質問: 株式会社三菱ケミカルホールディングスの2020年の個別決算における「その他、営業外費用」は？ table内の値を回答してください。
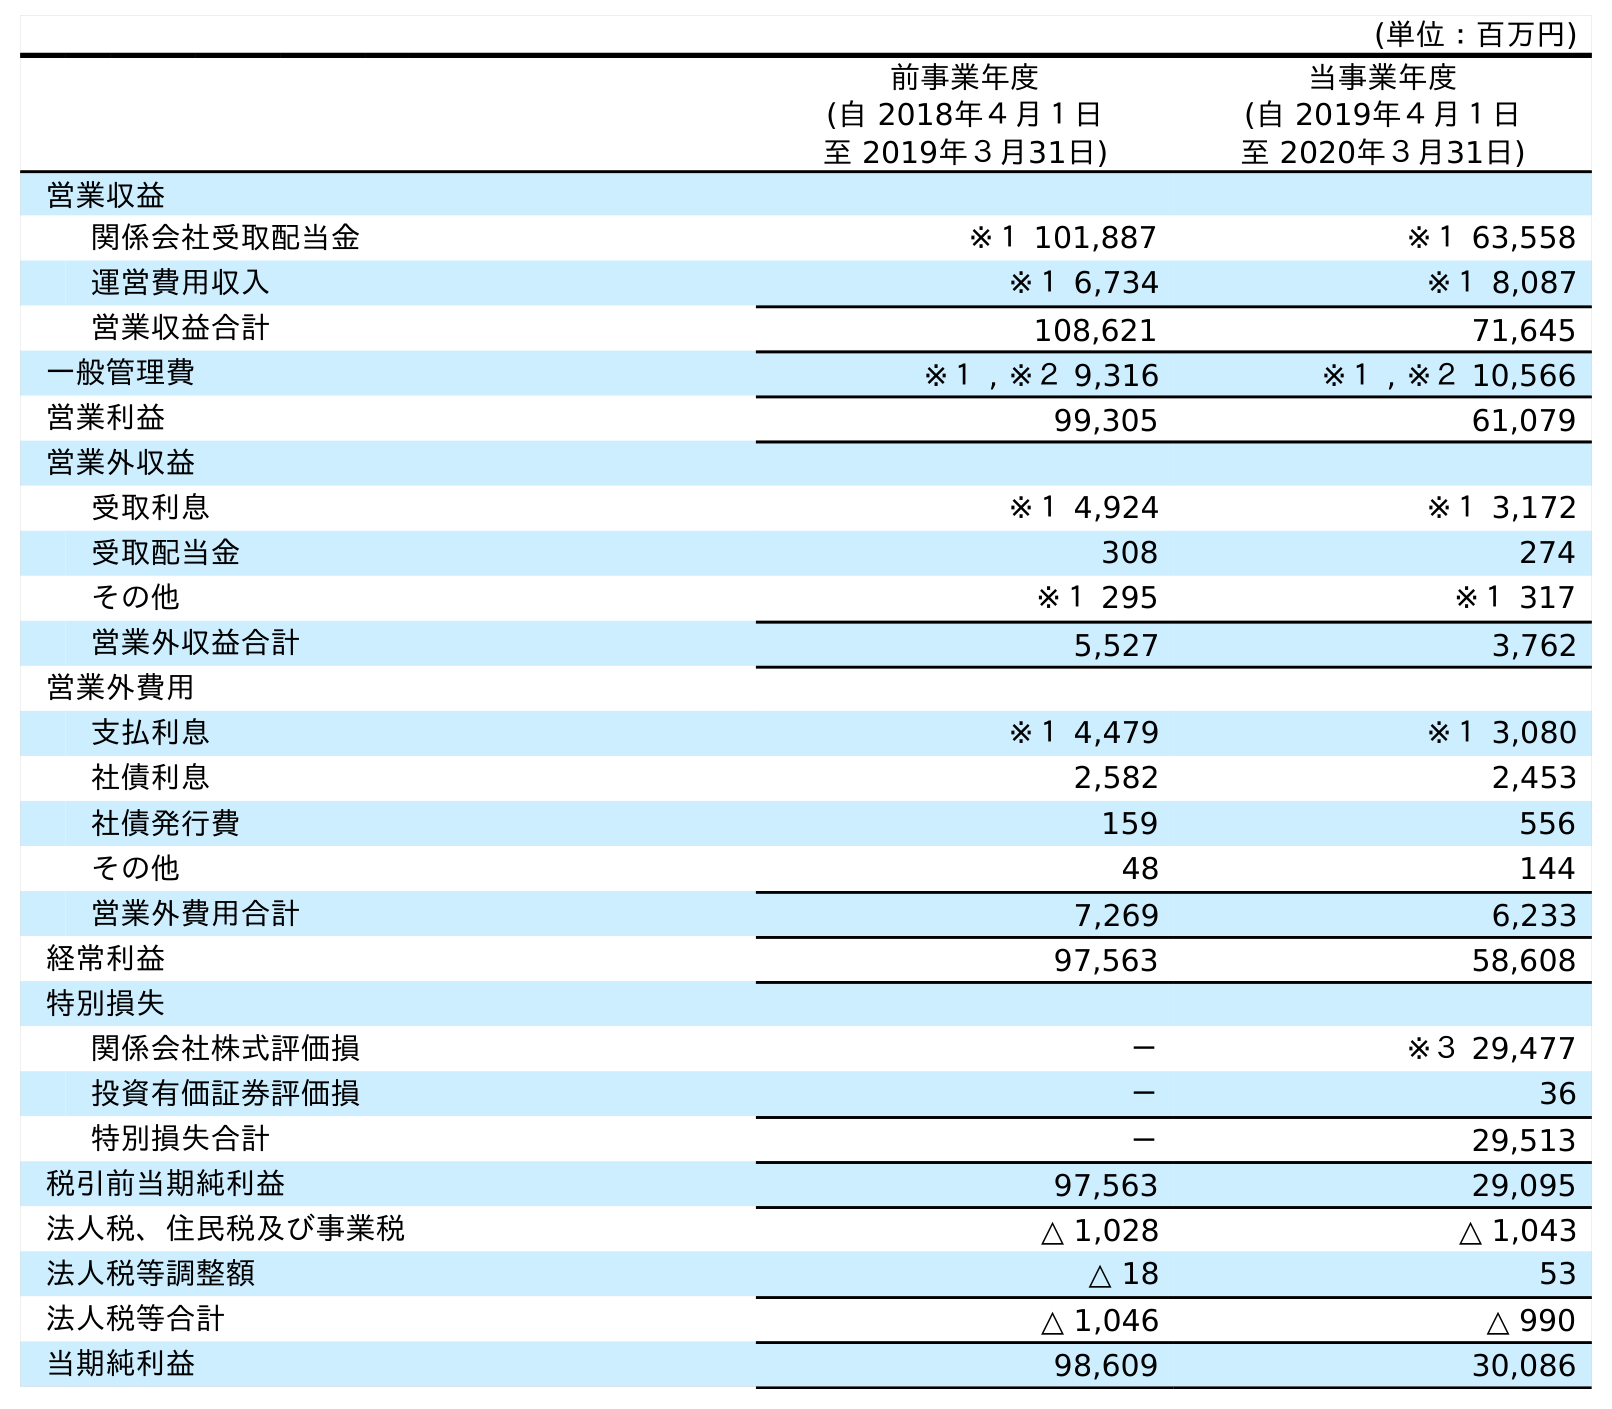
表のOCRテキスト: (単位：百万円) 前事業年度 (自 2018年４月１日 至 2019年３月31日) 当事業年度 (自 2019年４月１日 至 2020年３月31日) 営業収益 関係会社受取配当金 ※１ 101,887 ※１ 63,558 運営費用収入 ※１ 6,734 ※１ 8,087 営業収益合計 108,621 71,645 一般管理費 ※１ , ※２ 9,316 ※１ , ※２ 10,566 営業利益 99,305 61,079 営業外収益 受取利息 ※１ 4,924 ※１ 3,172 受取配当金 308 274 その他 ※１ 295 ※１ 317 営業外収益合計 5,527 3,762 営業外費用 支払利息 ※１ 4,479 ※１ 3,080 社債利息 2,582 2,453 社債発行費 159 556 その他 48 144 営業外費用合計 7,269 6,233 経常利益 97,563 58,608 特別損失 関係会社株式評価損 － ※３ 29,477 投資有価証券評価損 － 36 特別損失合計 － 29,513 税引前当期純利益 97,563 29,095 法人税、住民税及び事業税 △ 1,028 △ 1,043 法人税等調整額 △ 18 53 法人税等合計 △ 1,046 △ 990 当期純利益 98,609 30,086
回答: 144